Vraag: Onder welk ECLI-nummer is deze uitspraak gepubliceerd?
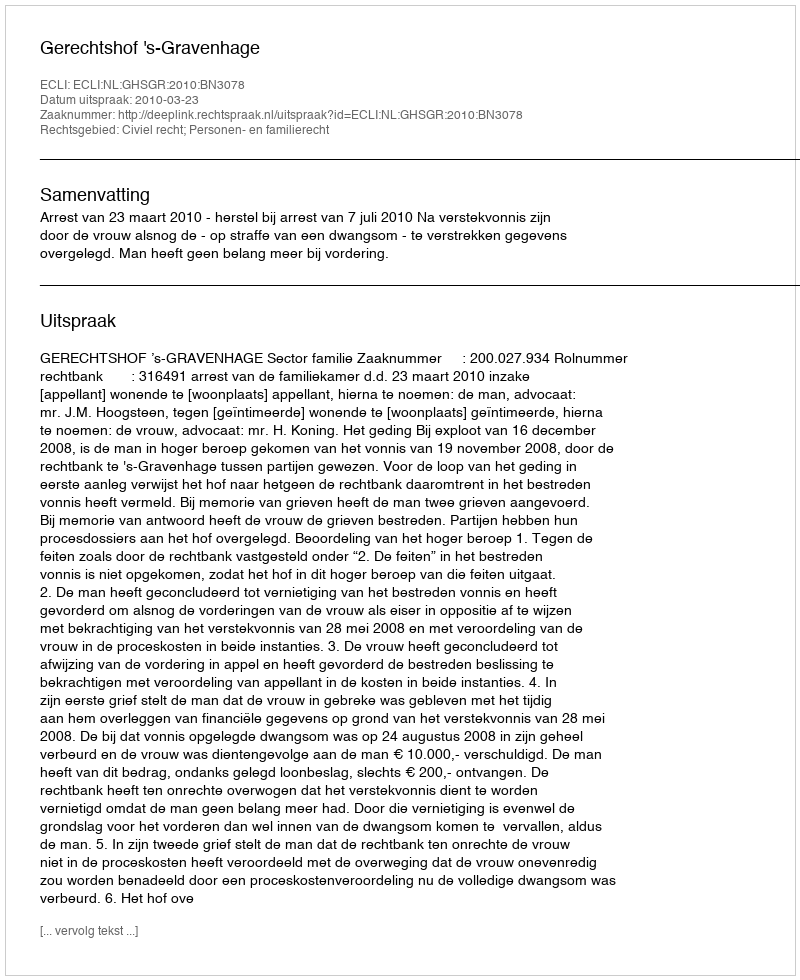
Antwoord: ECLI:NL:GHSGR:2010:BN3078